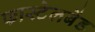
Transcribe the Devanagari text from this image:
फास्टेलबेंड